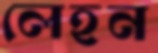
লেহন